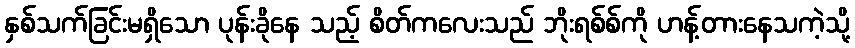
နှစ်သက်ခြင်းမရှိသော ပုန်းခိုနေ သည့် စိတ်ကလေးသည် ဘိုးရစ်စ်ကို ဟန့်တားနေသကဲ့သို့